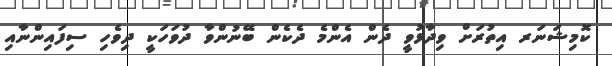
ކޮމިޝަނަރ އިތުރަށް ވިދާޅުވީ ދެން އެންމެ ދެކެން ބޭނުންވާ ދުވަހަކީ ދިވެހި ސިފައިންނާއި